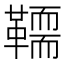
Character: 𩍄